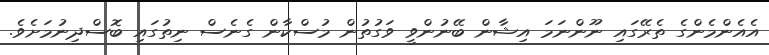
އެއެންމެންގެ ތެރޭގައި ނޫންނަމަ އިޝާން ބޭނުންވީ ވަގުތުން މުސްކާން ގެނެސް ނިތުގައި ބޮސްދިނުމަށެވެ.